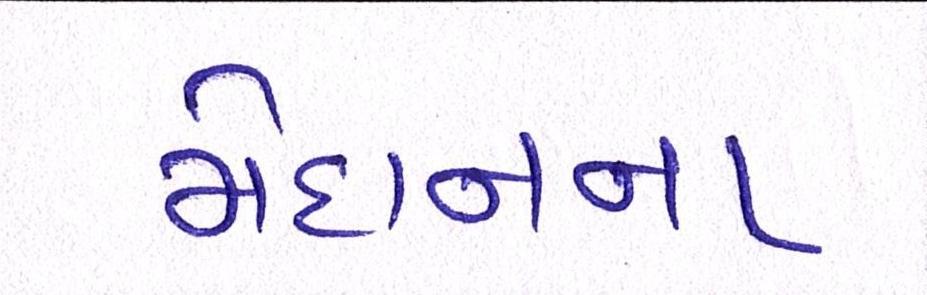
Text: મેદાનના